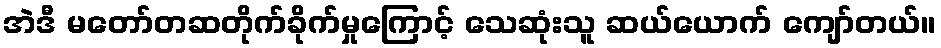
အဲဒီ မတော်တဆတိုက်ခိုက်မှုကြောင့် သေဆုံးသူ ဆယ်ယောက် ကျော်တယ်။